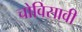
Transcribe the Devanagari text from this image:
चोविसावी